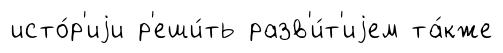
исто́р'иjи р'еши́ть разв'и́т'иjем та́кже